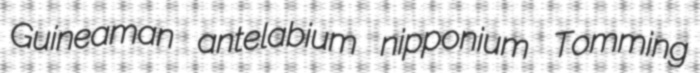
Guineaman antelabium nipponium Tomming